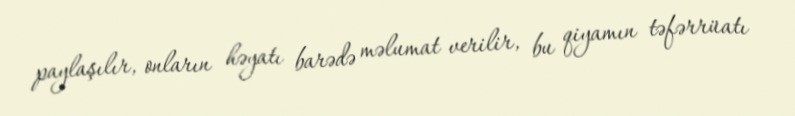
paylaşılır, onların həyatı barədə məlumat verilir, bu qiyamın təfərrüatı